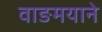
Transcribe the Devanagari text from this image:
वाङमयाने